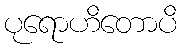
ပုရောဟိတောပိ